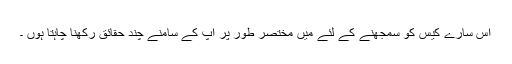
اس سارے کیس کو سمجھنے کے لئے میں مختصر طور پر آپ کے سامنے چند حقائق رکھنا چاہتا ہوں ۔